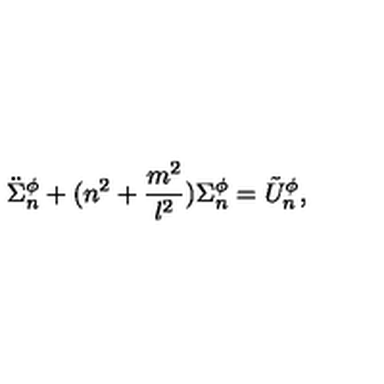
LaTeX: \ddot { \Sigma } _ { n } ^ { \phi } + ( n ^ { 2 } + \frac { m ^ { 2 } } { l ^ { 2 } } ) \Sigma _ { n } ^ { \phi } = \tilde { U } _ { n } ^ { \phi } ,